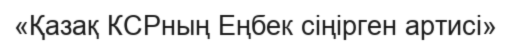
«Қазақ КСРның Еңбек сіңірген артисі»